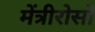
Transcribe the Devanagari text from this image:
मेंत्रीरोसो